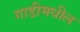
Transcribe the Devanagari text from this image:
गाडीमधील